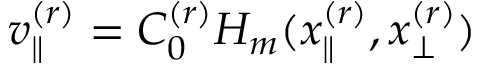
v _ { \parallel } ^ { ( r ) } = C _ { 0 } ^ { ( r ) } H _ { m } ( x _ { \parallel } ^ { ( r ) } , x _ { \perp } ^ { ( r ) } )